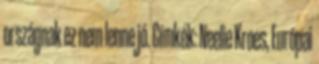
országnak ez nem lenne jó. Címkék: Neelie Kroes, Európai